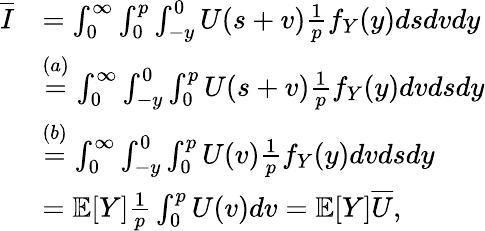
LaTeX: \begin{array}{rl}{\overline{{I}}}&{=\int_{0}^{\infty}\int_{0}^{p}\int_{-y}^{0}U(s+v)\frac{1}{p}f_{Y}(y)dsdvdy}\\ &{\overset{(a)}{=}\int_{0}^{\infty}\int_{-y}^{0}\int_{0}^{p}U(s+v)\frac{1}{p}f_{Y}(y)dvdsdy}\\ &{\overset{(b)}{=}\int_{0}^{\infty}\int_{-y}^{0}\int_{0}^{p}U(v)\frac{1}{p}f_{Y}(y)dvdsdy}\\ &{=\mathbb{E}[Y]\frac{1}{p}\int_{0}^{p}U(v)dv=\mathbb{E}[Y]\overline{{U}},}\end{array}